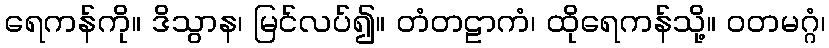
ရေကန်ကို။ ဒိသွာန၊ မြင်လပ်၍။ တံတဠာကံ၊ ထိုရေကန်သို့။ ဝတမဂ္ဂံ၊